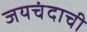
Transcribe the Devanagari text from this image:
जयचंदाची